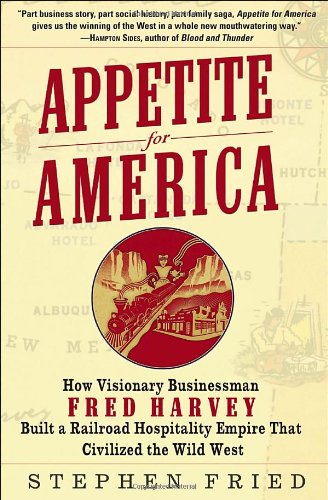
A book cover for Appetite for America: How Visionary Businessman Fred Harvey Built a Railroad Hospitality Empire That Civilized the Wild West; Stephen Fried; Engineering & Transportation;